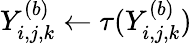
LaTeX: Y_{i,j,k}^{(b)}\gets\tau(Y_{i,j,k}^{(b)})